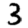
Digit: 3